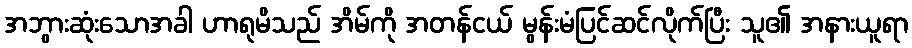
အဘွားဆုံးသောအခါ ဟာရုမိသည် အိမ်ကို အတန်ငယ် မွန်းမံပြင်ဆင်လိုက်ပြီး သူ၏ အနားယူရာ